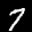
Label: 7